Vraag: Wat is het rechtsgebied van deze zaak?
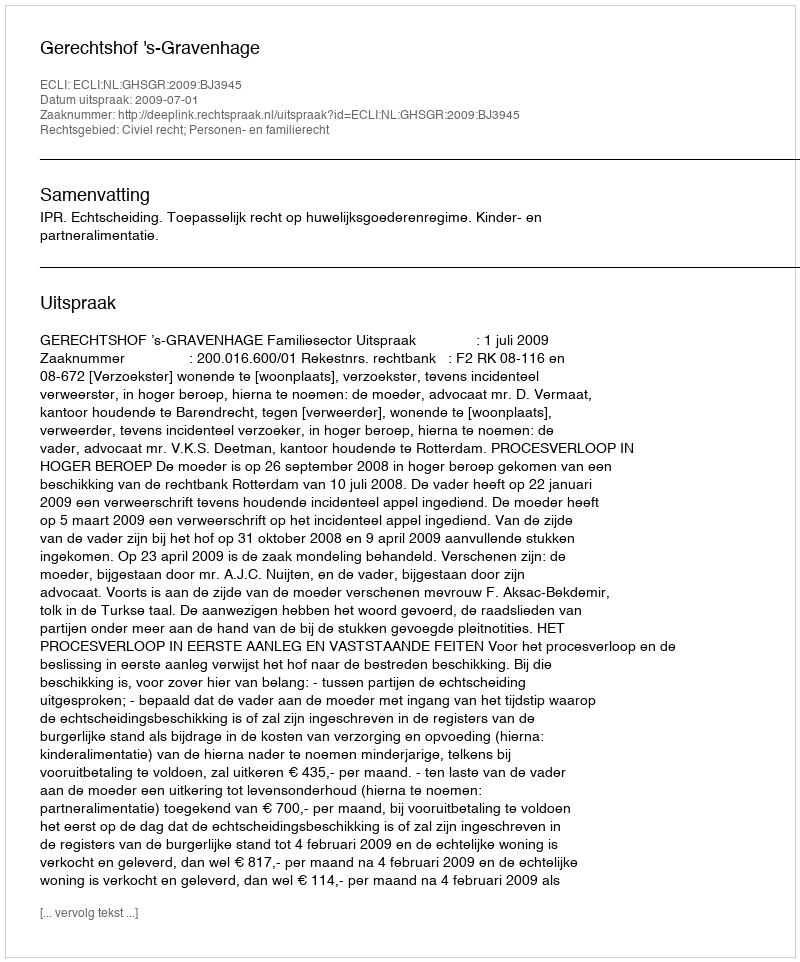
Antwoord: Civiel recht; Personen- en familierecht